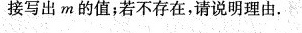
接写出m的值；若不存在，请说明理由。